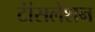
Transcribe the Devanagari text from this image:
टांंसलेशन